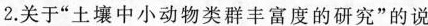
2.关于”土壤中小动物类群丰富度的研究”的说